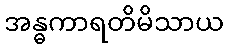
အန္ဓကာရတိမိသာယ